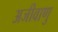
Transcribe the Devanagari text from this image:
अजीवाणु